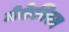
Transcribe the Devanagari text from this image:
मेकेनिस्म